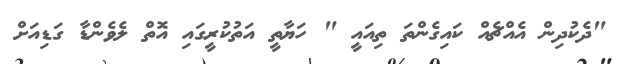
"ދެކުދިން އެއްޗެއް ކައިގެންތަ ތިއައީ " ހަޔާތީ އަތުކުރީގައި އޮތް ލެވެންޑާ ގަޑިއަށް